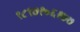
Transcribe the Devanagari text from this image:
९८९७१०६१७७